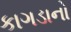
કાગડાનો